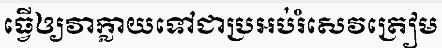
ធ្វើឲ្យវាក្លាយទៅជាប្រអប់រំសេវត្រៀម